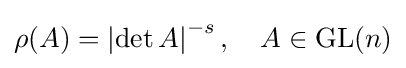
\rho (A)=\left|\det A\right|^{-s},\quad A\in \operatorname {GL} (n)